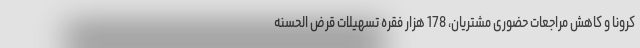
کرونا و کاهش مراجعات حضوری مشتریان، 178 هزار فقره تسهیلات قرض الحسنه